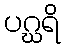
ပဂ္ဃရိ